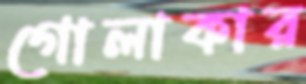
গোলাকার